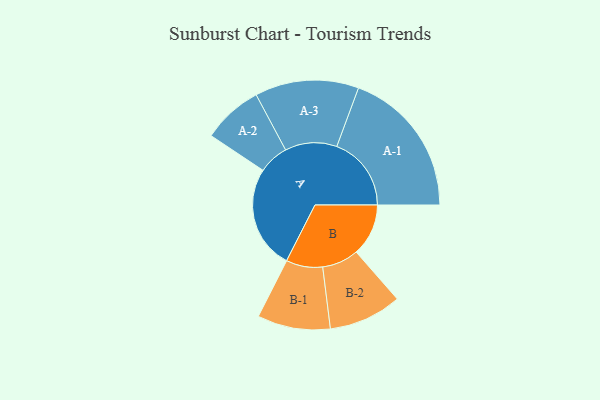
{"axis": {"x": "Segment", "y": "Value"}, "legend": ["", "A", "B"], "data": [{"x": "A", "y": 343, "type": ""}, {"x": "B", "y": 173, "type": ""}, {"x": "A-1", "y": 247, "type": "A"}, {"x": "A-2", "y": 100, "type": "A"}, {"x": "A-3", "y": 172, "type": "A"}, {"x": "B-1", "y": 121, "type": "B"}, {"x": "B-2", "y": 121, "type": "B"}]}